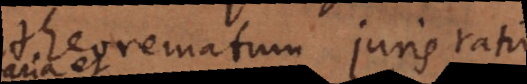
theorematum juris ratio